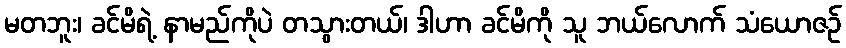
မတဘူး၊ ခင်မိရဲ့ နာမည်ကိုပဲ တသွားတယ်၊ ဒါဟာ ခင်မိကို သူ ဘယ်လောက် သံယောဇဉ်